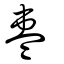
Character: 棗